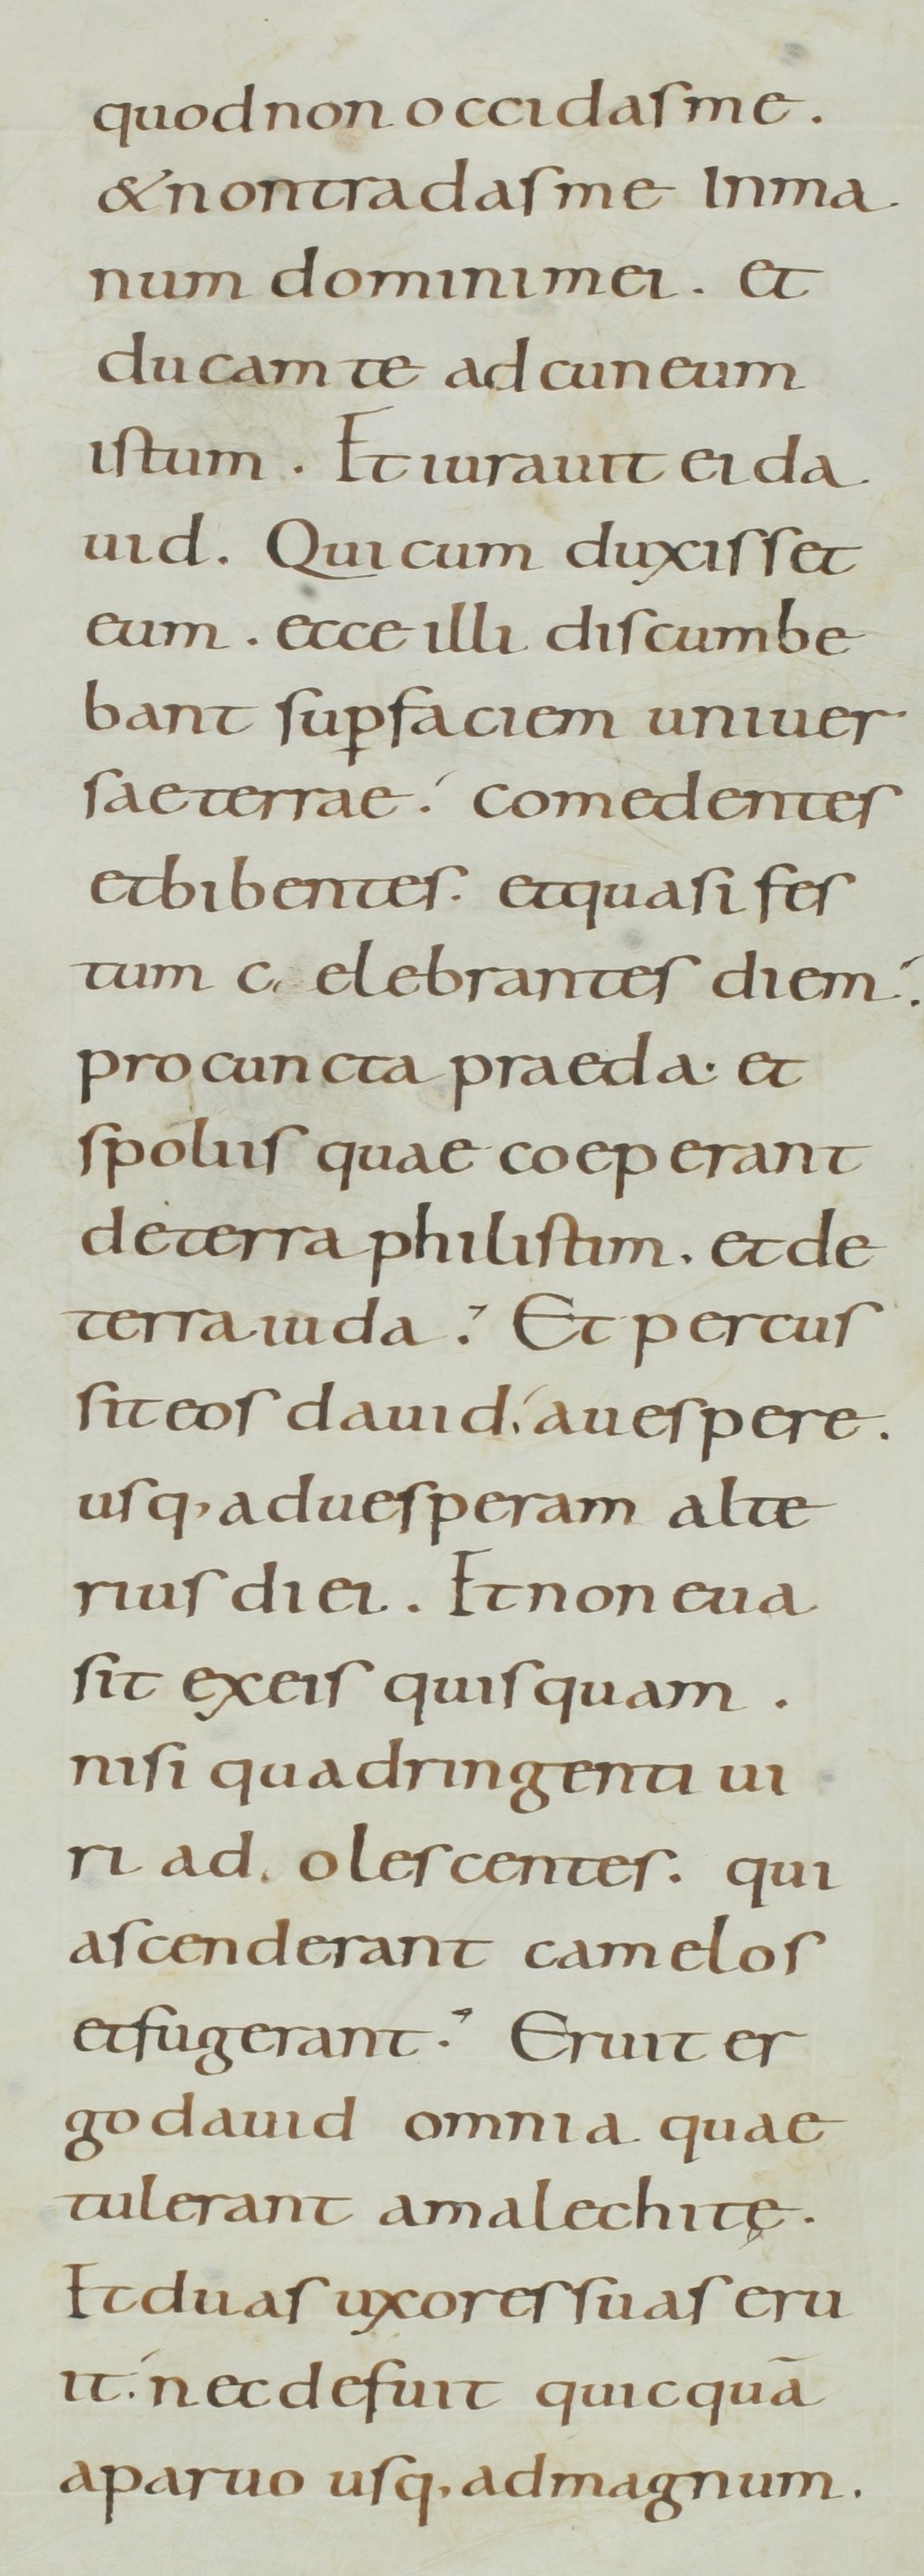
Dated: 800–899